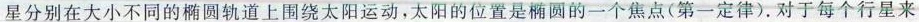
星分别在大小不同的椭圆轨道上围绕太阳运动，太阳的位置是椭圆的一个焦点(第一定律)。对于每个行星来